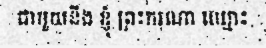
ជាមួយនឹង ខ្ញុំ ព្រះករុណា ឈ្មោះ